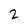
Character: 2